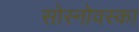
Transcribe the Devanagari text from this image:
सोस्नोवस्का